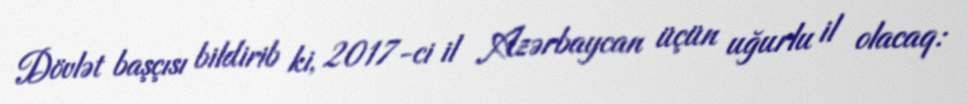
Dövlət başçısı bildirib ki, 2017-ci il Azərbaycan üçün uğurlu il olacaq: